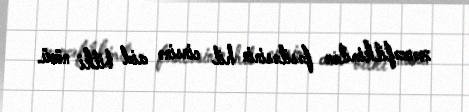
zəncəfilkimilər fəsiləsinin hil cinsinə aid bitki növü.